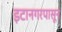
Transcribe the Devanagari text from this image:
इटानगरपासून